Lunatic asylums Madras 1892-1911 - 1892-1911
Year: 1892
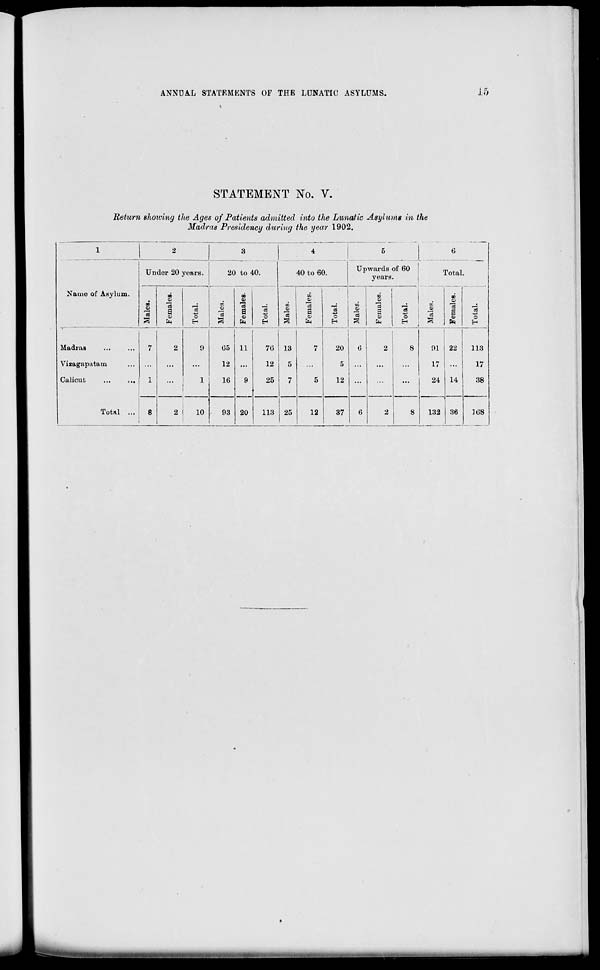
ANNUAL STATEMENTS OF THE LUNATIC ASYLUMS.
J>5
STATEMENT No. V.
Return showing the Ages of Patients admitted into the Lunatic Asylums in the
Madras Presidency during the year 1902.
1
2
3
L0.
4
Up
5
6
Total
—
Name of Asylum.
Un der 20 ; years.
2C t to 4
40 to 60.
wards of 60
years.
00
0O
DO
i
09
00
o
01
o
0)
o
00
3
j
DO
1
•
00
3
M
UJ
CS
,_;
09
%
a 3
ft
H
a
ft
3
o
EH
o
a
ft
O
CD
"3
2
a
fa
Tota
a
ft
cS
o
H
Madras
7
2
9
05 11
70 13
7
20
0
2
S
91 22
113
Vizagapatam
...
...
...
12
...
12
5
...
5
...
...
...
17
17
Calicut
1
1
16
9
25
7
5
12
...
...
...
24 14
38
Total ...
8
2
10 . 93 20
113 25
12
37
6
2
8
132 36
108